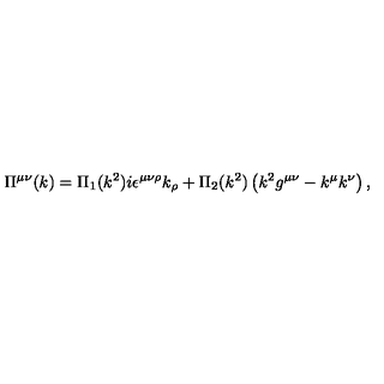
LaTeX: \Pi ^ { \mu \nu } ( k ) = \Pi _ { 1 } ( k ^ { 2 } ) i \epsilon ^ { \mu \nu \rho } k _ { \rho } + \Pi _ { 2 } ( k ^ { 2 } ) \left( k ^ { 2 } g ^ { \mu \nu } - k ^ { \mu } k ^ { \nu } \right) ,